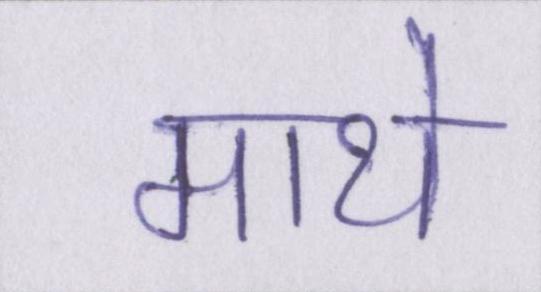
माथे